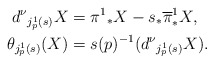
\begin{align*}d^\nu{}_{j^1_p(s)}X&=\pi^1{}_*X-s_*\overline{\pi}^1_*X,\\*\theta_{j^1_p(s)}(X)&=s(p)^{-1}(d^\nu{}_{j^1_p(s)}X).\end{align*}